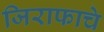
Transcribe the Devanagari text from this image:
जिराफाचे